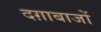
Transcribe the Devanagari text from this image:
दग़ाबाजों